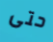
حتى